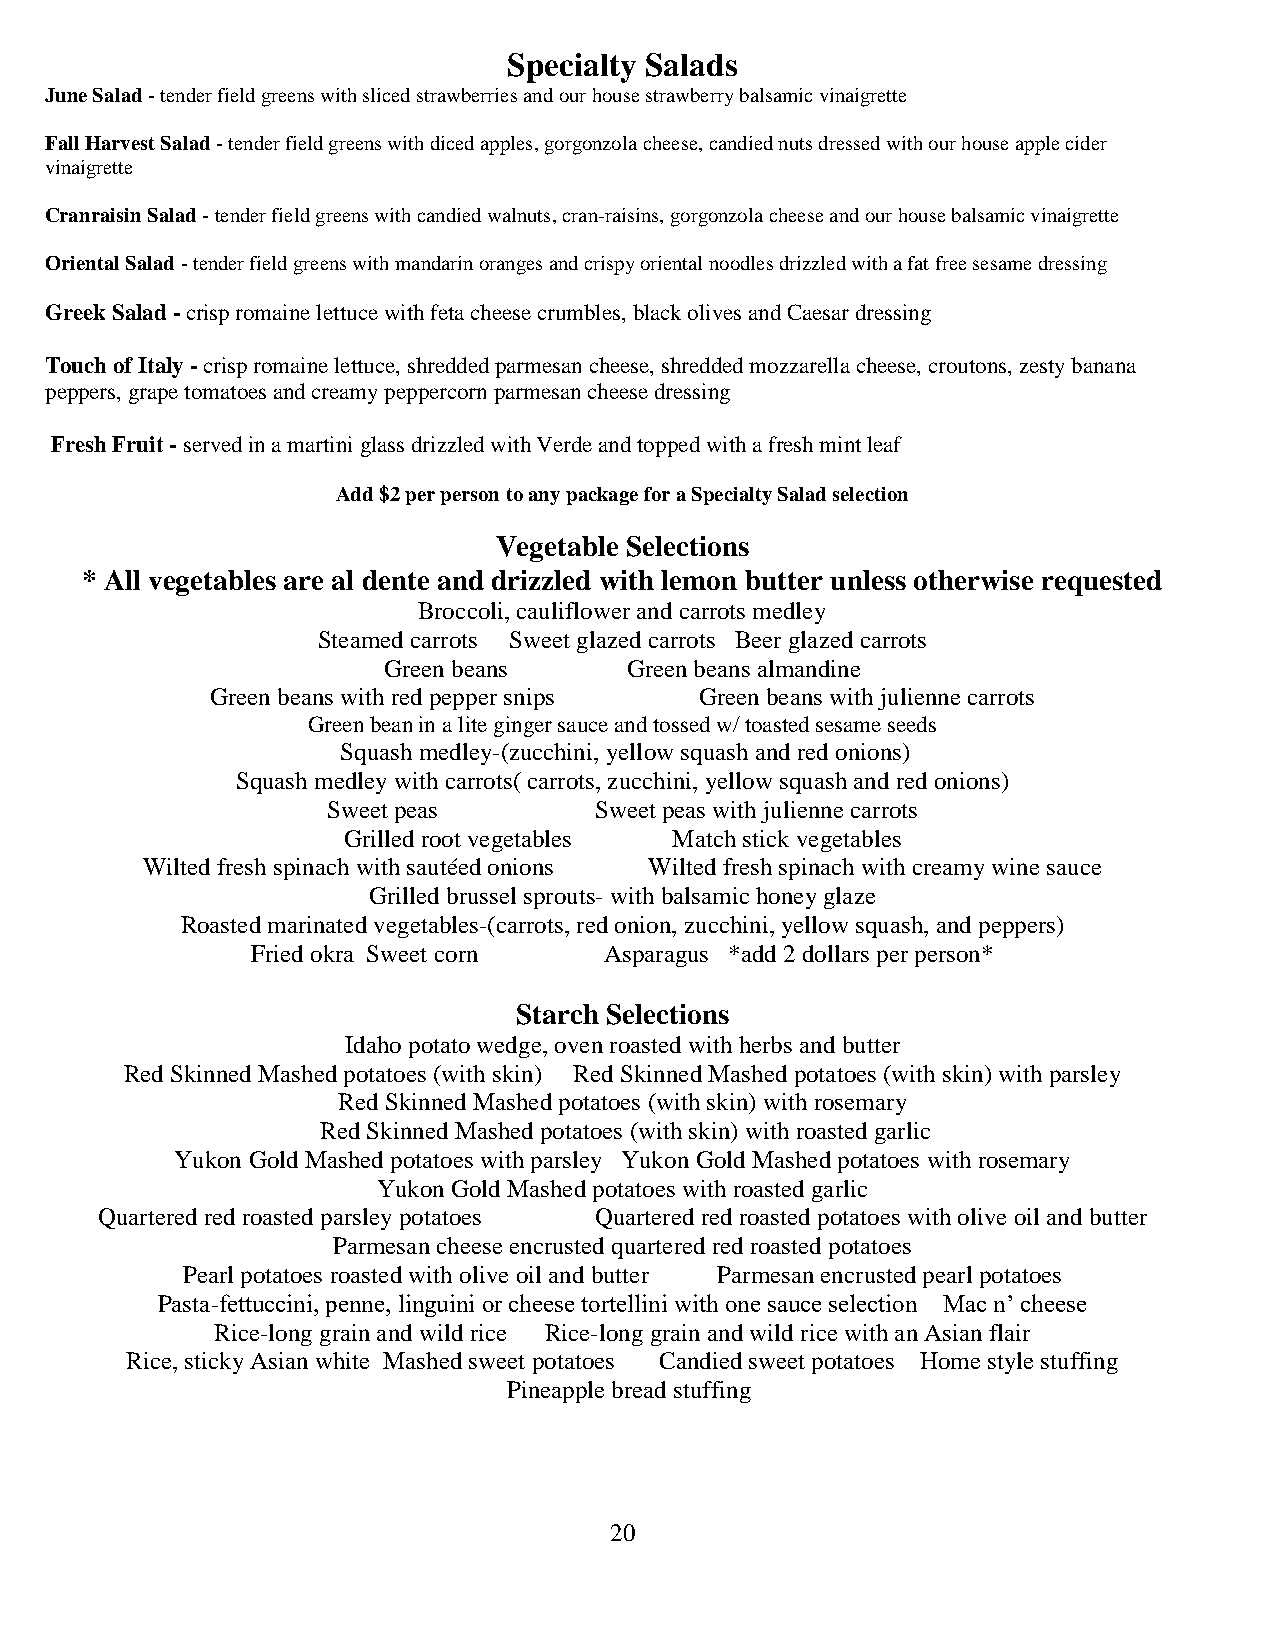
Specialty Salads
 June Salad - tender field greens with sliced strawberries and our house strawberry balsamic vinaigrette
 Fall Harvest Salad - tender field greens with diced apples, gorgonzola cheese, candied nuts dressed with our house apple cider
 vinaigrette
 Cranraisin Salad - tender field greens with candied walnuts, cran-raisins, gorgonzola cheese and our house balsamic vinaigrette
 Oriental Salad - tender field greens with mandarin oranges and crispy oriental noodles drizzled with a fat free sesame dressing
 Greek Salad - crisp romaine lettuce with feta cheese crumbles, black olives and Caesar dressing
 Touch of Italy - crisp romaine lettuce, shredded parmesan cheese, shredded mozzarella cheese, croutons, zesty banana
 peppers, grape tomatoes and creamy peppercorn parmesan cheese dressing
 Fresh Fruit - served in a martini glass drizzled with Verde and topped with a fresh mint leaf
 Add $2 per person to any package for a Specialty Salad selection
 Vegetable Selections
 * All vegetables are al dente and drizzled with lemon butter unless otherwise requested
 Broccoli, cauliflower and carrots medley
 Steamed carrots Sweet glazed carrots Beer glazed carrots
 Green beans     Green beans almandine
 Green beans with red pepper snips Green beans with julienne carrots
 Green bean in a lite ginger sauce and tossed w/ toasted sesame seeds
 Squash medley-(zucchini, yellow squash and red onions)
 Squash medley with carrots( carrots, zucchini, yellow squash and red onions)
 Sweet peas       Sweet peas with julienne carrots
 Grilled root vegetables Match stick vegetables
 Wilted fresh spinach with sautéed onions Wilted fresh spinach with creamy wine sauce
 Grilled brussel sprouts- with balsamic honey glaze
 Roasted marinated vegetables-(carrots, red onion, zucchini, yellow squash, and peppers)
 Fried okra Sweet corn  Asparagus *add 2 dollars per person*
 Starch Selections
 Idaho potato wedge, oven roasted with herbs and butter
 Red Skinned Mashed potatoes (with skin) Red Skinned Mashed potatoes (with skin) with parsley
 Red Skinned Mashed potatoes (with skin) with rosemary
 Red Skinned Mashed potatoes (with skin) with roasted garlic
 Yukon Gold Mashed potatoes with parsley Yukon Gold Mashed potatoes with rosemary
 Yukon Gold Mashed potatoes with roasted garlic
 Quartered red roasted parsley potatoes Quartered red roasted potatoes with olive oil and butter
 Parmesan cheese encrusted quartered red roasted potatoes
 Pearl potatoes roasted with olive oil and butter Parmesan encrusted pearl potatoes
 Pasta-fettuccini, penne, linguini or cheese tortellini with one sauce selection Mac n’ cheese
 Rice-long grain and wild rice Rice-long grain and wild rice with an Asian flair
 Rice, sticky Asian white Mashed sweet potatoes Candied sweet potatoes Home style stuffing
 Pineapple bread stuffing
 20